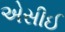
એસીઈ